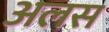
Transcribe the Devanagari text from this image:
अलस